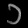
Digit: ၁